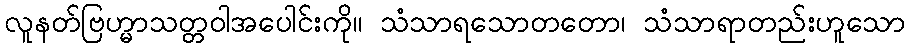
လူနတ်ဗြဟ္မာသတ္တဝါအပေါင်းကို။ သံသာရသောတတော၊ သံသာရာတည်းဟူသော